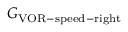
G _ { \mathrm { V O R - s p e e d - r i g h t } }